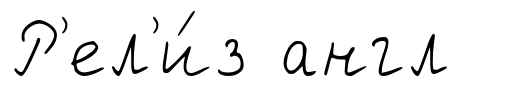
Р'ел'и́з англ